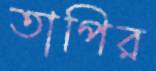
তাপির